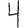
Digit: 4